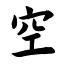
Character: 空